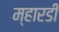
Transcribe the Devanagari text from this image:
म्हारडी